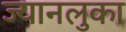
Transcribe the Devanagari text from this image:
ज्यानलुका